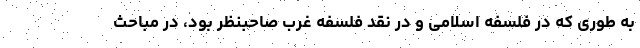
به طوری که در فلسفه اسلامی و در نقد فلسفه غرب صاحبنظر بود، در مباحث